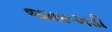
જમરૂખડી